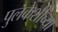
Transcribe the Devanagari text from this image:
पुलकेशीच्या